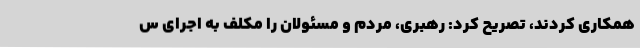
همکاری کردند، تصریح کرد: رهبری، مردم و مسئولان را مکلف به اجرای س